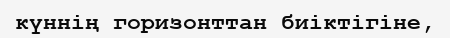
күннің горизонттан биіктігіне,